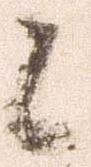
候